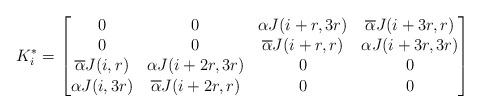
LaTeX: \begin{align*}K^*_i=\begin{bmatrix}0&0&\alpha J(i+r,3r)&\overline\alpha J(i+3r,r)\\0&0&\overline\alpha J(i+r,r)&\alpha J(i+3r,3r)\\\overline\alpha J(i,r)&\alpha J(i+2r,3r)&0&0\\\alpha J(i,3r)&\overline\alpha J(i+2r,r)&0&0\\\end{bmatrix}\end{align*}